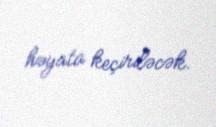
həyata keçiriləcək.